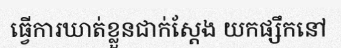
ធ្វើការឃាត់ខ្លួនជាក់ស្តែង យកផ្សឹកនៅ